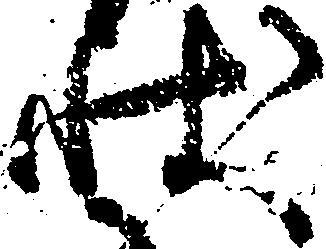
状